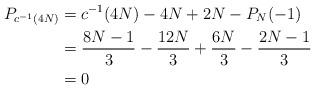
LaTeX: \begin{align*}P_{c^{-1}(4N)} &= c^{-1}(4N) - 4N + 2N - P_{N}(-1) \\&= \frac{8N - 1}{3} - \frac{12N}{3} + \frac{6N}{3} - \frac{2N - 1}{3} \\&= 0\end{align*}